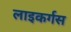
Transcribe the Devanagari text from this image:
लाइकर्गस